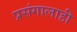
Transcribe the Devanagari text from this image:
प्रसंगालाही